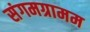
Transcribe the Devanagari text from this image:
संगमग्रामम